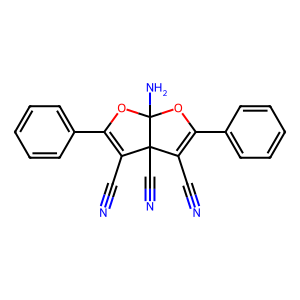
SMILES: N#CC1=C(c2ccccc2)OC2(N)OC(c3ccccc3)=C(C#N)C12C#N
Inhibits HIV replication: No